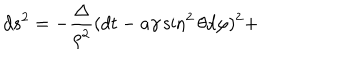
d s ^ { 2 } = - \frac { \Delta } { \rho ^ { 2 } } ( d t - a \gamma \sin ^ { 2 } \theta d \varphi ) ^ { 2 } +